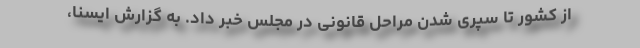
از کشور تا سپری شدن مراحل قانونی در مجلس خبر داد. به گزارش ایسنا،